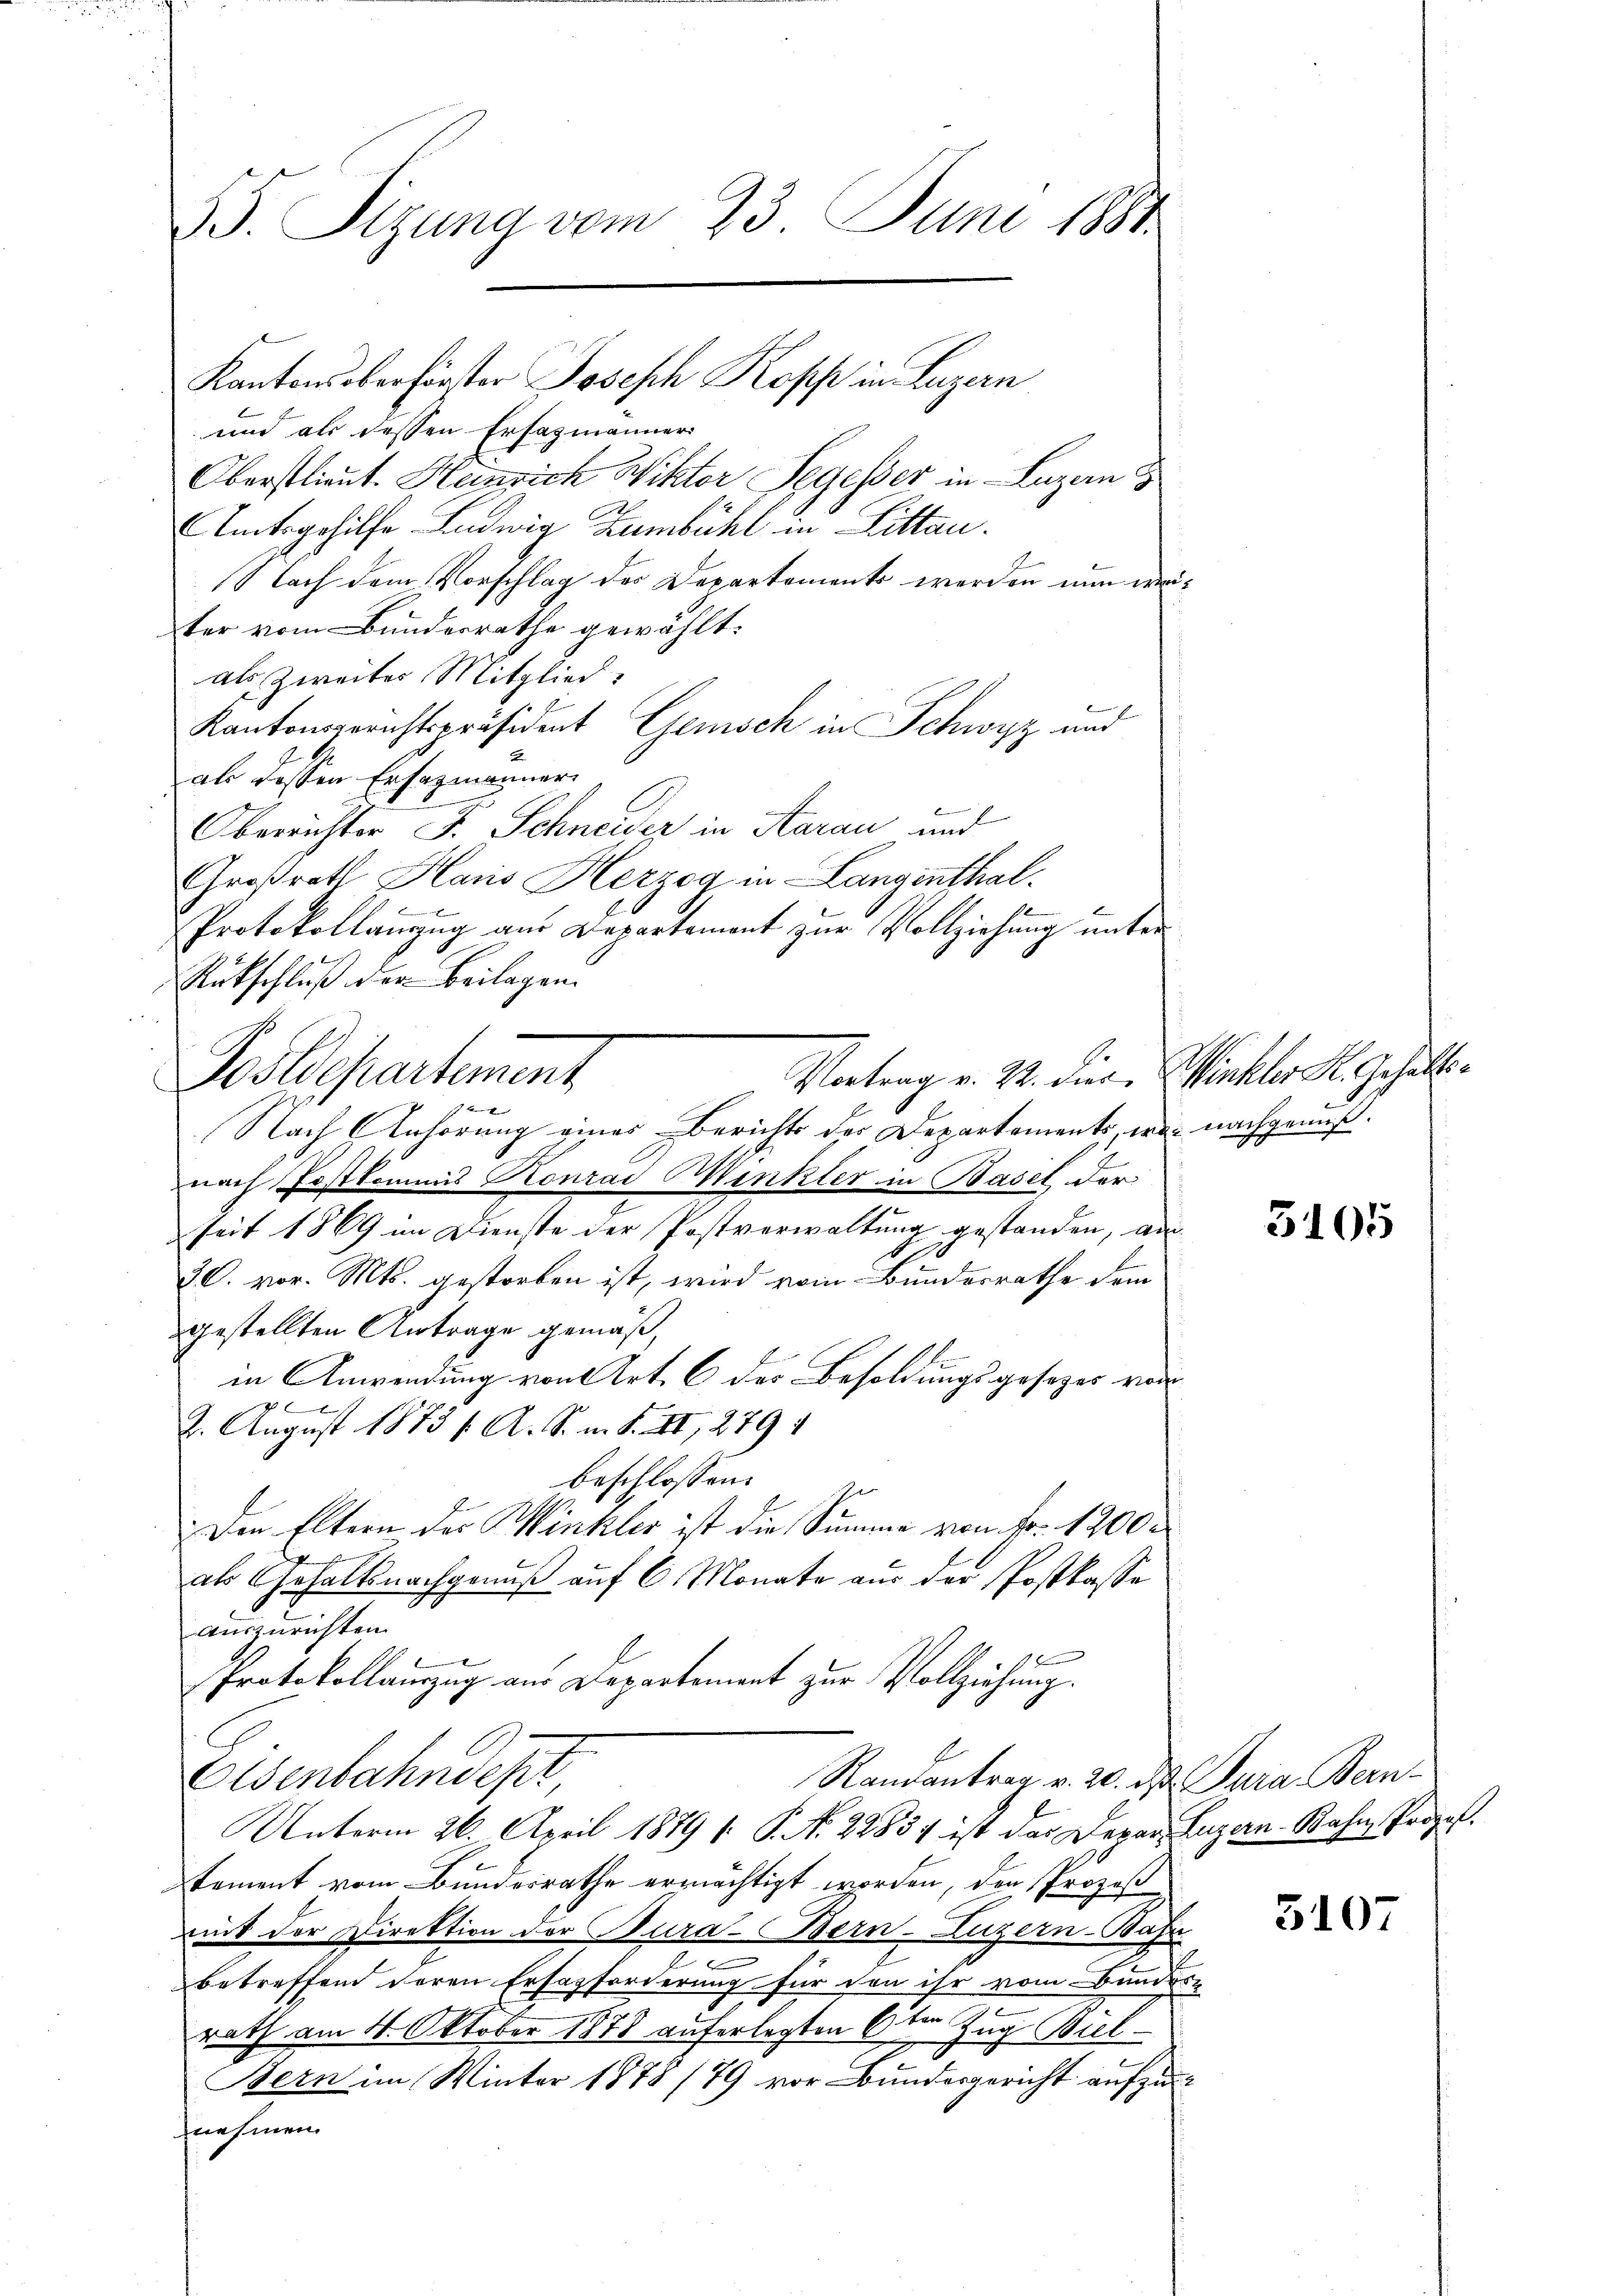
85. Sizung vom 23. Juni 1884.

und als dessen Erfazmänner
Oberstlieut. Heinrich Wiktor Segesser in Luzern
Untsgehilfe. Ludwig Zumbühl in Litten.
Nach dem Vorschlag der Departement worden nun wäter vom Bundesrathe gewählt.
als Zweites Mitglied
Kantonsgerichtspräsident Gemisch in Schwyz und
als dessen Ersatzmanner
Oberrichter J. Schneider in Aarau und
Großrath Haus Herzog in Langenthal.
x
Protokollanzug aus Departement zur Vollziehung unter¬
Rükschluß der Beilagen.
Postdepartement
Nach Anhörung eines Berichts des Departements, was nachgenuß.
nach Postkommis Konrad Winkler in Basel der
seit 1869 im Dienste der Postverwaltung gestanden, au
30. vor. Mts. gestorben ist, wird vom Bundesrathe dem
gestellten Antrage gemäß,
in Anwendung von Art. 6 des Besoldungsgesezes von
p
2. August 1873 f. A. S. m. S. II, 279
beschlossen:
Den Eltern des Winkler ist die Summe von Fr. 1200
F
als Gehaltsnachgenuß auf 6 Monate aus der Postkasse
auszurichten.
Protokollauszug aus Departement zur Vollziehung.
Eisenbahndept
Randantrag v. 20. ds. Para Bern-
Unterm 26. April 1889 (: P. N. 22834 ist das Depar Luzern - Bahn, Propos.
tement vom Bundesrathe ermächtigt worden, den Prozeß
mit der Direktion der Bura-Bern-Luzern-Bafr
d
betreffend deren Ersazforderung für den ihr vom Bundes.
rath am 4. Oktober 1878 auferlegten 6ter Zug Biel¬
Bern im Winter 1878 (79 vor Bundesgericht aufzunehmen.

Kantons oberförster Joseph Kopp in Luzern

Vortrag v. 22. Diese Winkler K. Gehalte

3105

5107